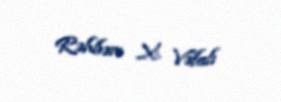
Rəhbər: X. Vəfalı